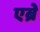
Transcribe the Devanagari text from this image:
एब्रे